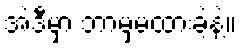
အဲဒီမှာ ဘာမှမထားခဲ့နဲ့။